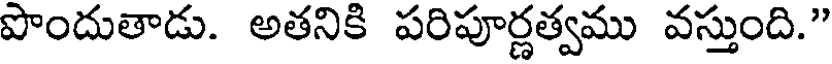
పొందుతాడు. అతనికి పరిపూర్ణత్వము వస్తుంది."